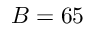
B = 6 5